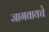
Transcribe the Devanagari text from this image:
जागवायचे